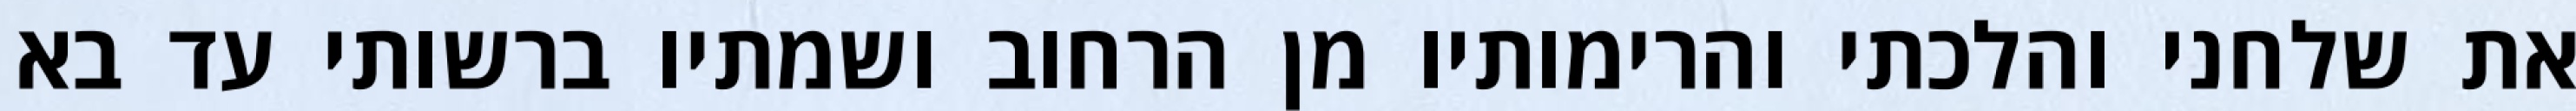
את שלחני והלכתי והרימותיו מן הרחוב ושמתיו ברשותי עד בא